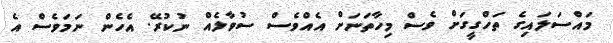
މައްސަލައިގެ ތަހްގީގަށް ވެސް މިހާތަނަށް އެއްވެސް ސުވާލެއް ނުކުރޭ. އެހެން ނަމަވެސް އެ